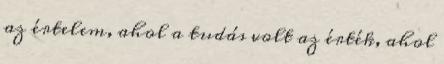
az értelem, ahol a tudás volt az érték, ahol